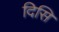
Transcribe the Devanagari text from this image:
दिसि